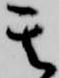
其